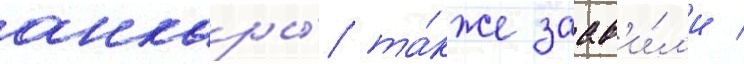
анкары́ та́кже заав'и́л'и /